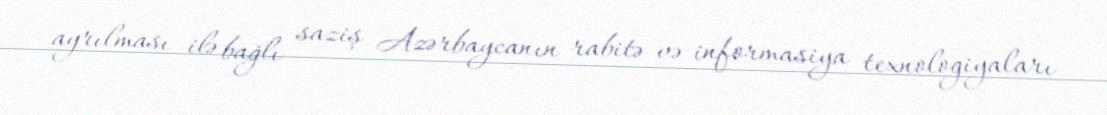
ayrılması ilə bağlı saziş Azərbaycanın rabitə və informasiya texnologiyaları